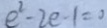
e ^ { 2 } - 2 e - 1 = 0